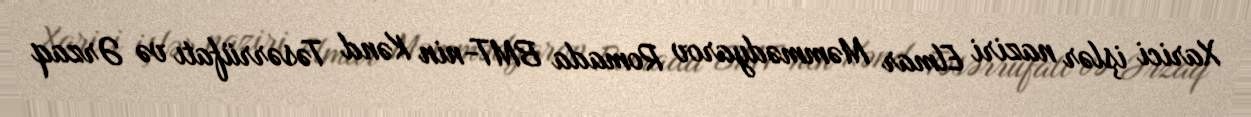
Xarici işlər naziri Elmar Məmmədyarov Romada BMT-nin Kənd Təsərrüfatı və Ərzaq